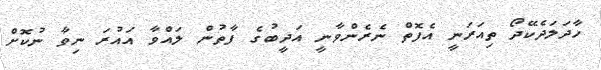
ހާދަލަދެކޭދޯ ތިއަރަނީ އެފޮތް ނެރެންވާނީ އަދީބުގެ ފާތުން ލައްވާ އައުރަ ނިވާ ނުކޮށް